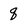
Character: q